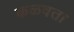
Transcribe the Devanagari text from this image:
कळवता